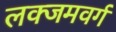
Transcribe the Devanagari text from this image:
लक्जमवर्ग